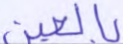
بالعين